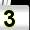
Digit: 3